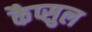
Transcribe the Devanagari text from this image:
कैप्सुल